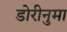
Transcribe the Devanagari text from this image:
डोरीनुमा